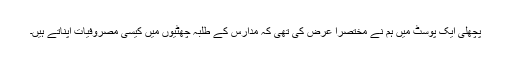
پچھلی ایک پوسٹ میں ہم نے مختصراً عرض کی تھی کہ مدارس کے طلبہ چھٹیوں میں کیسی مصروفیات اپناتے ہیں۔